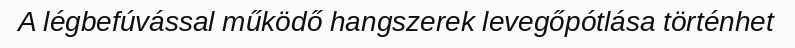
A légbefúvással működő hangszerek levegőpótlása történhet